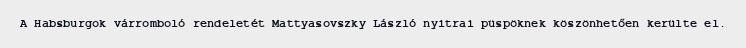
A Habsburgok várromboló rendeletét Mattyasovszky László nyitrai püspöknek köszönhetően kerülte el.